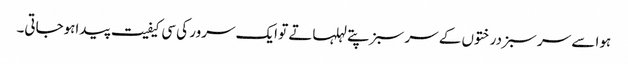
ہوا سے سر سبز درختوں کے سر سبز پتے لہلہاتے تو ایک سرور کی سی کیفیت پیداہوجاتی۔